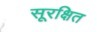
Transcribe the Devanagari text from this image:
सूरक्षित